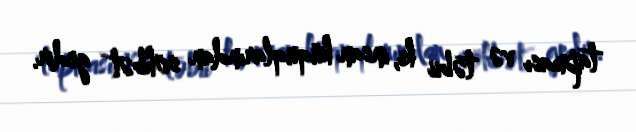
tapması və təbii ki, insan hüquqlarından söhbət gedir.